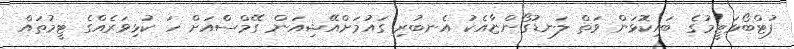
ފުޓްބޯޅަޓީމުގެ ބައިކޮޅަން ވަތް ލަނޑުގޯންޏާއެކު އެނބުރި ގައުމަށްއޭޝިއަން ގޭމްސްއަށް ހަ ކުޅިވަރެއްގެ ޓީމުތައް